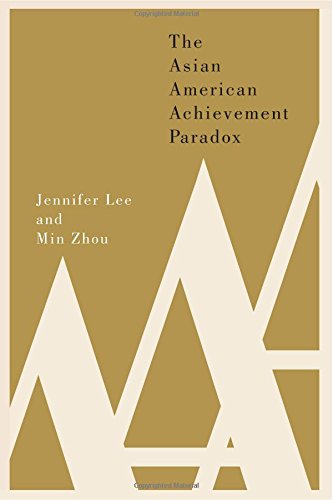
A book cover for The Asian American Achievement Paradox; Jennifer Lee; Politics & Social Sciences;